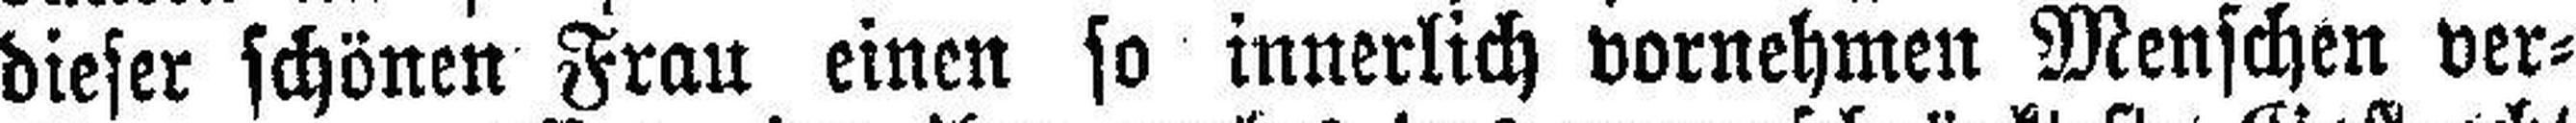
dieser schönen Frau einen so innerlich vornehmen Menschen ver¬